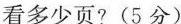
看多少页?（5分 ）